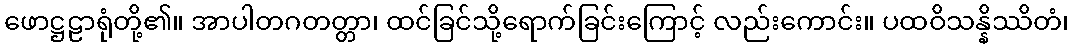
ဖောဋ္ဌဠာရုံတို့၏။ အာပါတဂတတ္တာ၊ ထင်ခြင်သို့ရောက်ခြင်းကြောင့် လည်းကောင်း။ ပထဝိသန္နိဿိတံ၊